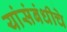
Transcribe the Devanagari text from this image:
यांसंबंधीचे